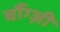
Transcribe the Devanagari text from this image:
चौंग्ज़ी